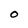
Character: O